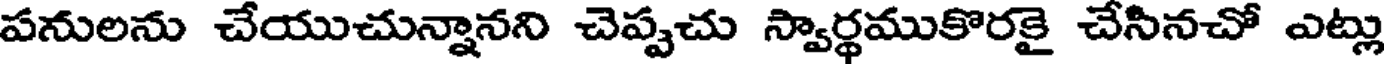
పనులను చేయుచున్నానని చెప్పచు స్వార్థముకొరకై చేసినచో ఎట్లు